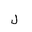
Letter: _lam